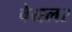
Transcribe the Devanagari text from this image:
वेयलर